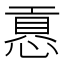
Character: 慐